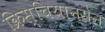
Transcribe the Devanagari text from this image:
क्रिस्चियानसेन